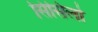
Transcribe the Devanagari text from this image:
सिसिलो